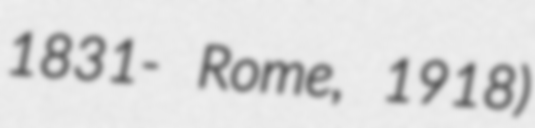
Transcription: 1831- Rome, 1918)